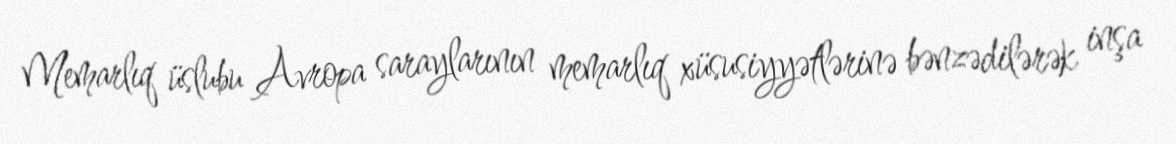
Memarlıq üslubu Avropa saraylarının memarlıq xüsusiyyətlərinə bənzədilərək inşa